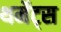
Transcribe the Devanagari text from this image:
थर्मेट्स